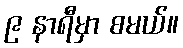
၉ နာရီမှာ စမယ်။